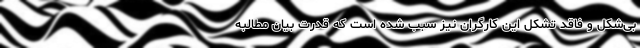
بی‌شکل و فاقد تشکل این کارگران نیز سبب شده است که قدرت بیان مطالبه